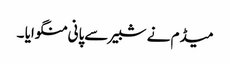
میڈم نے شبیر سےپانی منگوایا ۔